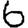
Digit: 6